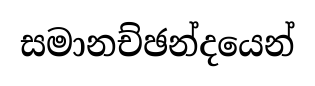
සමානච්ඡන්දයෙන්